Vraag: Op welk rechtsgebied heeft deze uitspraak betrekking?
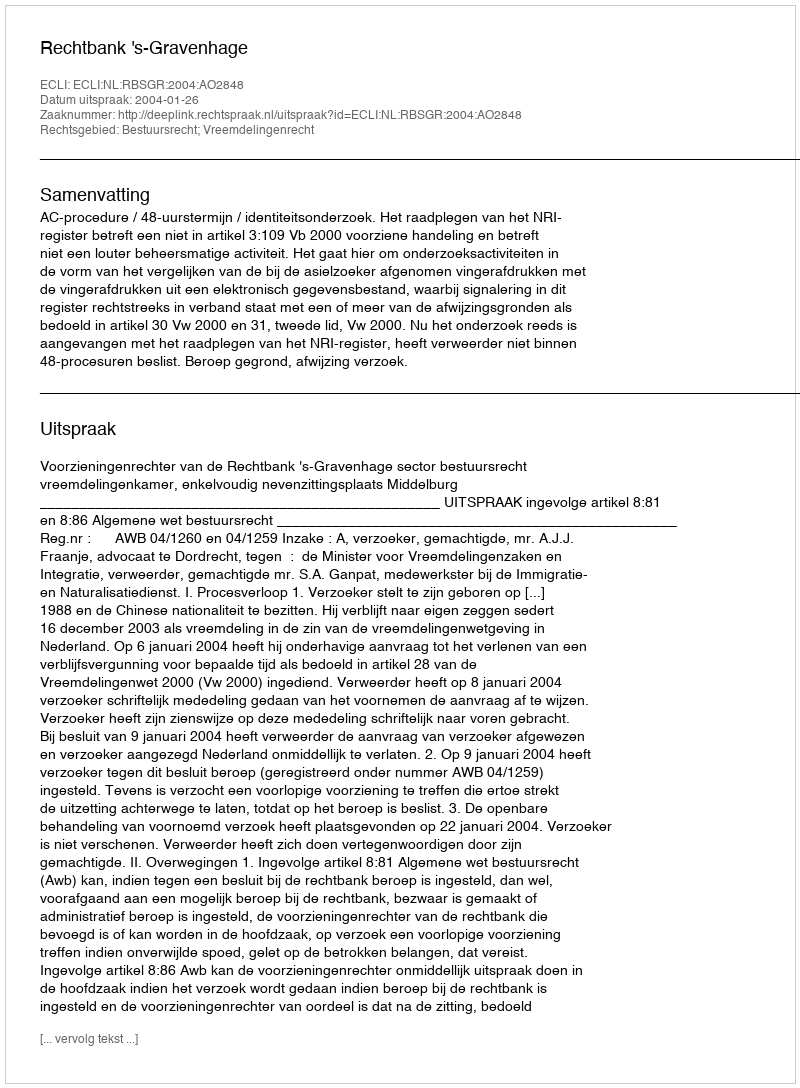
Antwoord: Bestuursrecht; Vreemdelingenrecht